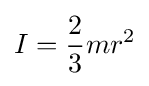
I={\frac {2}{3}}mr^{2}\,\!